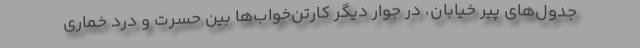
جدول‌های پیر خیابان، در جوار دیگر کارتن‌خواب‌ها بین حسرت و درد خماری